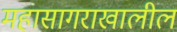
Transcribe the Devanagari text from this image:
महासागराखालील